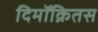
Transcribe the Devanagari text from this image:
दिमॉक्रितस